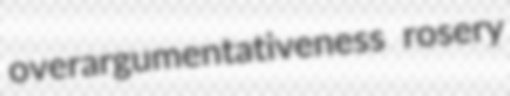
overargumentativeness rosery